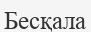
Бесқала